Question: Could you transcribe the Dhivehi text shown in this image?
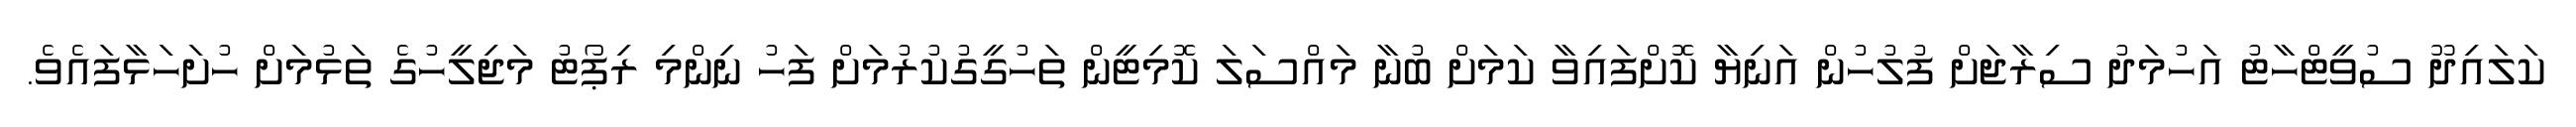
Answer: ކަލައިދޫ ސުވީޓްހާޓު އަހުމަދު ސިރާޖަށް ފުލުހުން އަނިޔާ ކޮށްފައިވާ ކަމަށް ބުނާ މައްސަލަ ކޮމިޓީން ތަހުގީގުކުރުމަށް ފަހު ނިންމި ރިޕޯޓު މަޖިލީހުގެ ތަޅުމަށް ހުށަހަޅާފައެވެ.